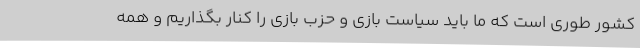
کشور طوری است که ما باید سیاست بازی و حزب بازی را کنار بگذاریم و همه